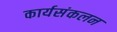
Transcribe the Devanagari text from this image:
कार्यसंकलन